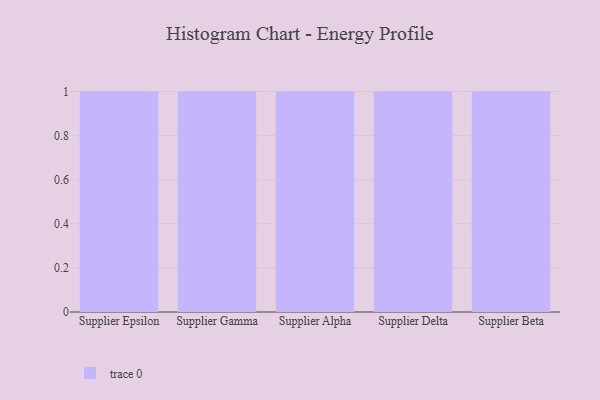
{"axis": {"x": "Supplier", "y": "Temperature (°C)"}, "legend": [""], "data": [{"x": "Supplier Epsilon", "y": 100, "type": ""}, {"x": "Supplier Gamma", "y": 66, "type": ""}, {"x": "Supplier Alpha", "y": 57, "type": ""}, {"x": "Supplier Delta", "y": 62, "type": ""}, {"x": "Supplier Beta", "y": 79, "type": ""}]}